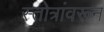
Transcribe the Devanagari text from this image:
स्तोत्रांवरून